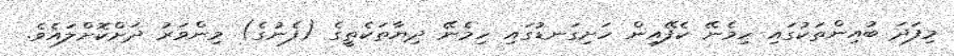
މިފަދަ ބުއިންތަކުގައި ހިމެނޭ ކެފޭއިން ހަށިގަނޑުގައި ހިމެނޭ ދިޔާތަކެތީގެ (ފެނުގެ) މިންވަރު ދަށްކޮށްލައެވެ.